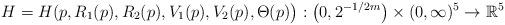
LaTeX: \begin{align*} H=H(p, R_1(p), R_2(p), V_1(p), V_2(p), \Theta(p) \big) : \big( 0, 2^{-1/2m} \big) \times ( 0, \infty)^5 \rightarrow \mathbb{R}^5\end{align*}